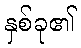
နှစ်ခု၏